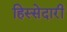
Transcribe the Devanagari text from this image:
हिस्‍सेदारी